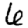
Digit: 6